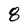
Character: 8